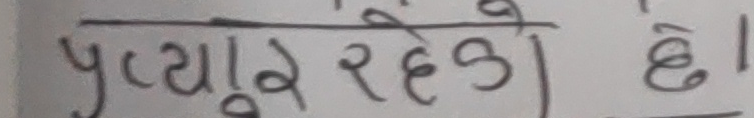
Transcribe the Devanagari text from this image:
प्रत्यूर रहेको छ ।